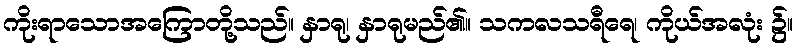
ကိုးရာသောအကြောတို့သည်။ နှာရု၊ နှာရုမည်၏။ သကလသရီရေ၊ ကိုယ်အလုံး ၌။